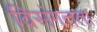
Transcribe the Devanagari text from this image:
विसंगतता